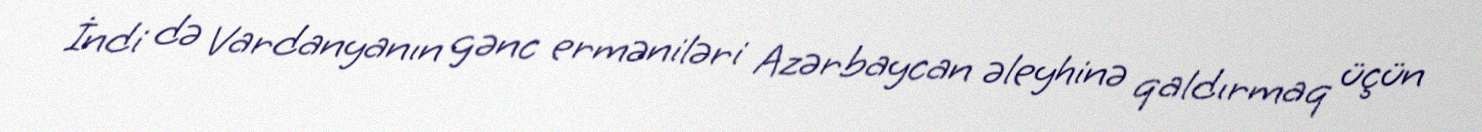
İndi də Vardanyanın gənc erməniləri Azərbaycan əleyhinə qaldırmaq üçün